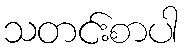
သတင်းစာပါ